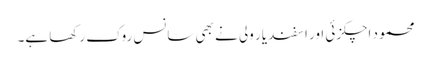
محمود اچکزئی اور اسفند یار ولی نے بھی سانس روک رکھا ہے۔